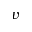
v